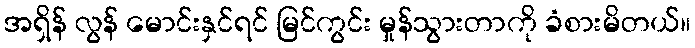
အရှိန် လွန် မောင်းနှင်ရင် မြင်ကွင်း မှုန်သွားတာကို ခံစားမိတယ်။